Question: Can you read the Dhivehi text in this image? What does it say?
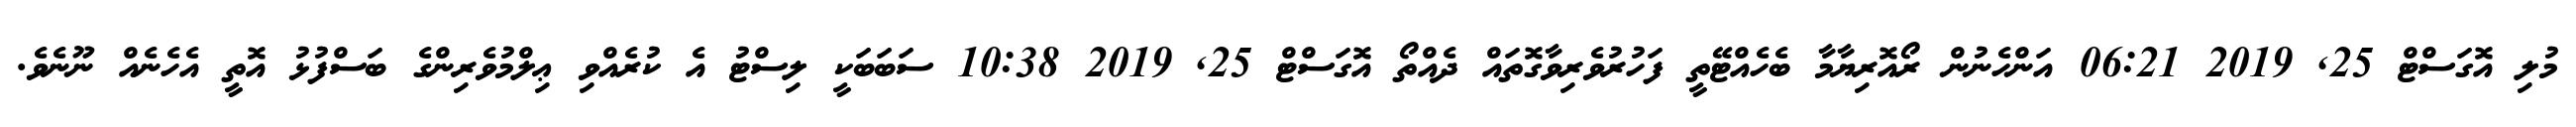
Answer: މުލި އޮގަސްޓް 25, 2019 06:21 އަންހެނުން ރޯއޮރިޔާމާ ބެހެއްޓޭތީ ފަހުރުވެރިވާގޮތައް ދެއްތޯ އޮގަސްޓް 25, 2019 10:38 ސަބަބަކީ ލިސްޓު އެ ކުރެއްވި ޢިލްމުވެރިންގެ ބަސްފުޅު އޮތީ އެހެނެއް ނޫނެވެ.